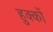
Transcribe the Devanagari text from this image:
हुक्‍कों